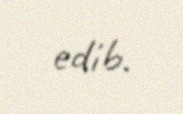
edib.